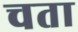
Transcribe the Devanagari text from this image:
चता